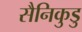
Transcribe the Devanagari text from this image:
सैनिकुडु